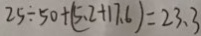
2 5 \div 5 0 + ( 5 . 2 + 1 7 . 6 ) = 2 3 . 3